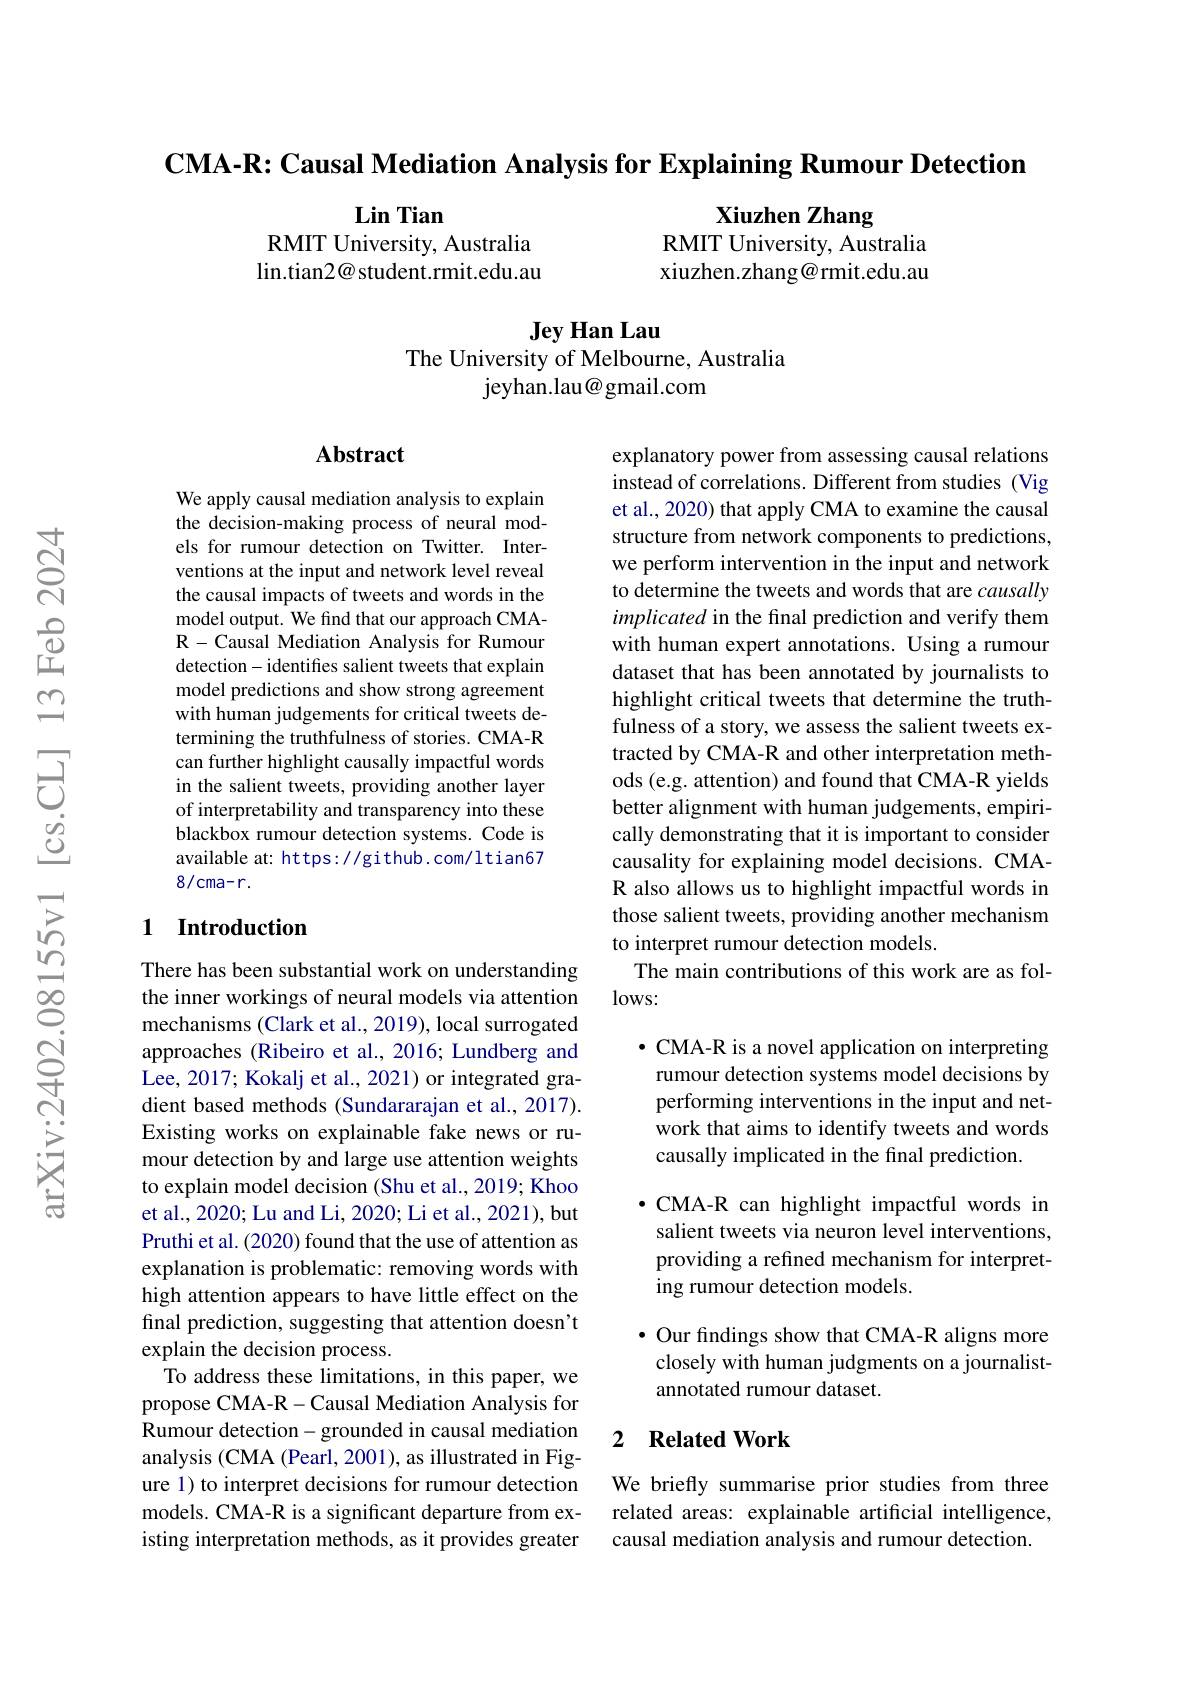
$\textbf{CMA- R: Causal Mediation Analysis for Explaining Rumour Detection}$

Lin Tian
RMIT University, Australia

Xiuzhen Zhang
RMIT University, Australia xiuzhen.zhang@rmit.edu.au

lin.tian2@ student.rmit.edu.au

Jey Han Lau
The University of Melbourne, Australia
jeyhan.lau@ gmail.com

## Abstract

We apply causal mediation analysis to explain the decision-making process of neural models for rumour detection on Twitter. Interventions at the input and network level reveal the causal impacts of tweets and words in the model output. We find that our approach CMAR- Causal Mediation Analysis for Rumour detection- identifes salient tweets that explain model predictions and show strong agreement with human judgements for critical tweets determining the truthfulness of stories. CMA-R can further highlight causally impactful words in the salient tweets, providing another layer of interpretability and transparency into these blackbox rumour detection systems. Code is available at: https://github.com/ltian678/cma-r.

## 1 Introduction

There has been substantial work on understanding the inner workings of neural models via attention mechanisms (Clark et al., 2019), local surrogated approaches (Ribeiro et al., 2016; Lundberg and Lee, 2017; Kokalj et al., 2021) or integrated gradient based methods (Sundararajan et al., 2017). Existing works on explainable fake news or rumour detection by and large use attention weights to explain model decision (Shu et al., 2019; Khoo et al., 2020; Lu and Li, 2020; Li et al., 2021), but Pruthi et al. (2020) found that the use of attention as explanation is problematic: removing words with high attention appears to have little effect on the final prediction, suggesting that attention doesn't explain the decision process.
To address these limitations, in this paper, we propose CMA-R-Causal Mediation Analysis for Rumour detection-grounded in causal mediation analysis (CMA (Pearl, 2001), as illustrated in Figure 1) to interpret decisions for rumour detection models. CMA-R is a significant departure from existing interpretation methods, as it provides greater

explanatory power from assessing causal relations instead of correlations. Different from studies (Vig et al., 2020) that apply CMA to examine the causal structure from network components to predictions, we perform intervention in the input and network to determine the tweets and words that are causally implicated in the final prediction and verify them with human expert annotations. Using a rumour dataset that has been annotated by journalists to highlight critical tweets that determine the truthfulness of a story, we assess the salient tweets extracted by CMA-R and other interpretation methods (e.g. attention) and found that CMA-R yields better alignment with human judgements, empirically demonstrating that it is important to consider causality for explaining model decisions. CMAR also allows us to highlight impactful words in those salient tweets, providing another mechanism to interpret rumour detection models.
The main contributions of this work are as fol-
$lows:$

$\bullet$ CMA-R is a novel application on interpreting

rumour detection systems model decisions by

performing interventions in the input and net-

work that aims to identify tweets and words

causally implicated in the final prediction.

$\bullet$ CMA-R can highlight impactful words in salient tweets via neuron level interventions, providing a refined mechanism for interpreting rumour detection models.

$\bullet$ Our findings show that CMA-R aligns more closely with human judgments on a journalistannotated rumour dataset.

### 2 $\textbf{Related Work}$

We briefly summarise prior studies from three related areas: explainable artificial intelligence, causal mediation analysis and rumour detection.